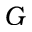
G